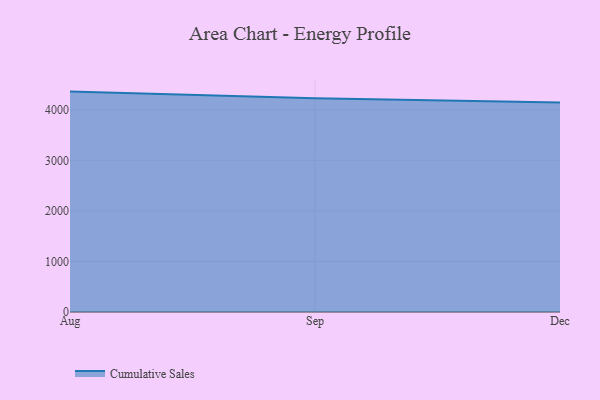
{"axis": {"x": "Month", "y": "Satisfaction Score"}, "legend": ["Cumulative Sales"], "data": [{"x": "Aug", "y": 4360.0, "type": "Cumulative Sales"}, {"x": "Sep", "y": 4230.5, "type": "Cumulative Sales"}, {"x": "Dec", "y": 4145.7, "type": "Cumulative Sales"}]}